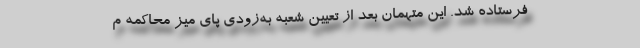
فرستاده شد. این متهمان بعد از تعیین شعبه به‌زودی پای میز محاکمه م